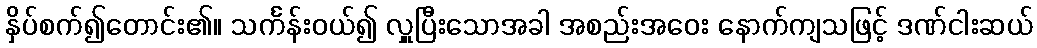
နှိပ်စက်၍တောင်း၏။ သင်္ကန်းဝယ်၍ လှူပြီးသောအခါ အစည်းအဝေး နောက်ကျသဖြင့် ဒဏ်ငါးဆယ်